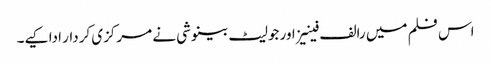
اس فلم میں رالف فینیز اور جولیٹ بینوشی نے مرکزی کردار ادا کیے۔